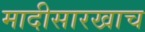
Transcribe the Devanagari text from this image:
मादीसारखाच